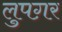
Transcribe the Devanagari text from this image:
लुपग़र